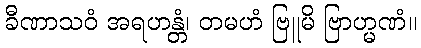
ခီဏာသဝံ အရဟန္တံ၊ တမဟံ ဗြူမိ ဗြာဟ္မဏံ။